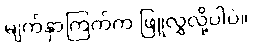
မျက်နှာကြက်က ဖြူလွှလို့ပါပဲ။